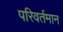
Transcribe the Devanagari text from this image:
परिवर्तमान